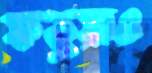
ফতুয়াও